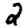
Digit: 2